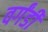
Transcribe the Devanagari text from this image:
वर्गंडी